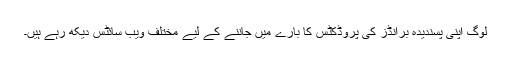
لوگ اپنی پسندیدہ برانڈز کی پروڈکٹس کا بارے میں جاننے کے لیے مختلف ویب سائٹس دیکھ رہے ہیں۔